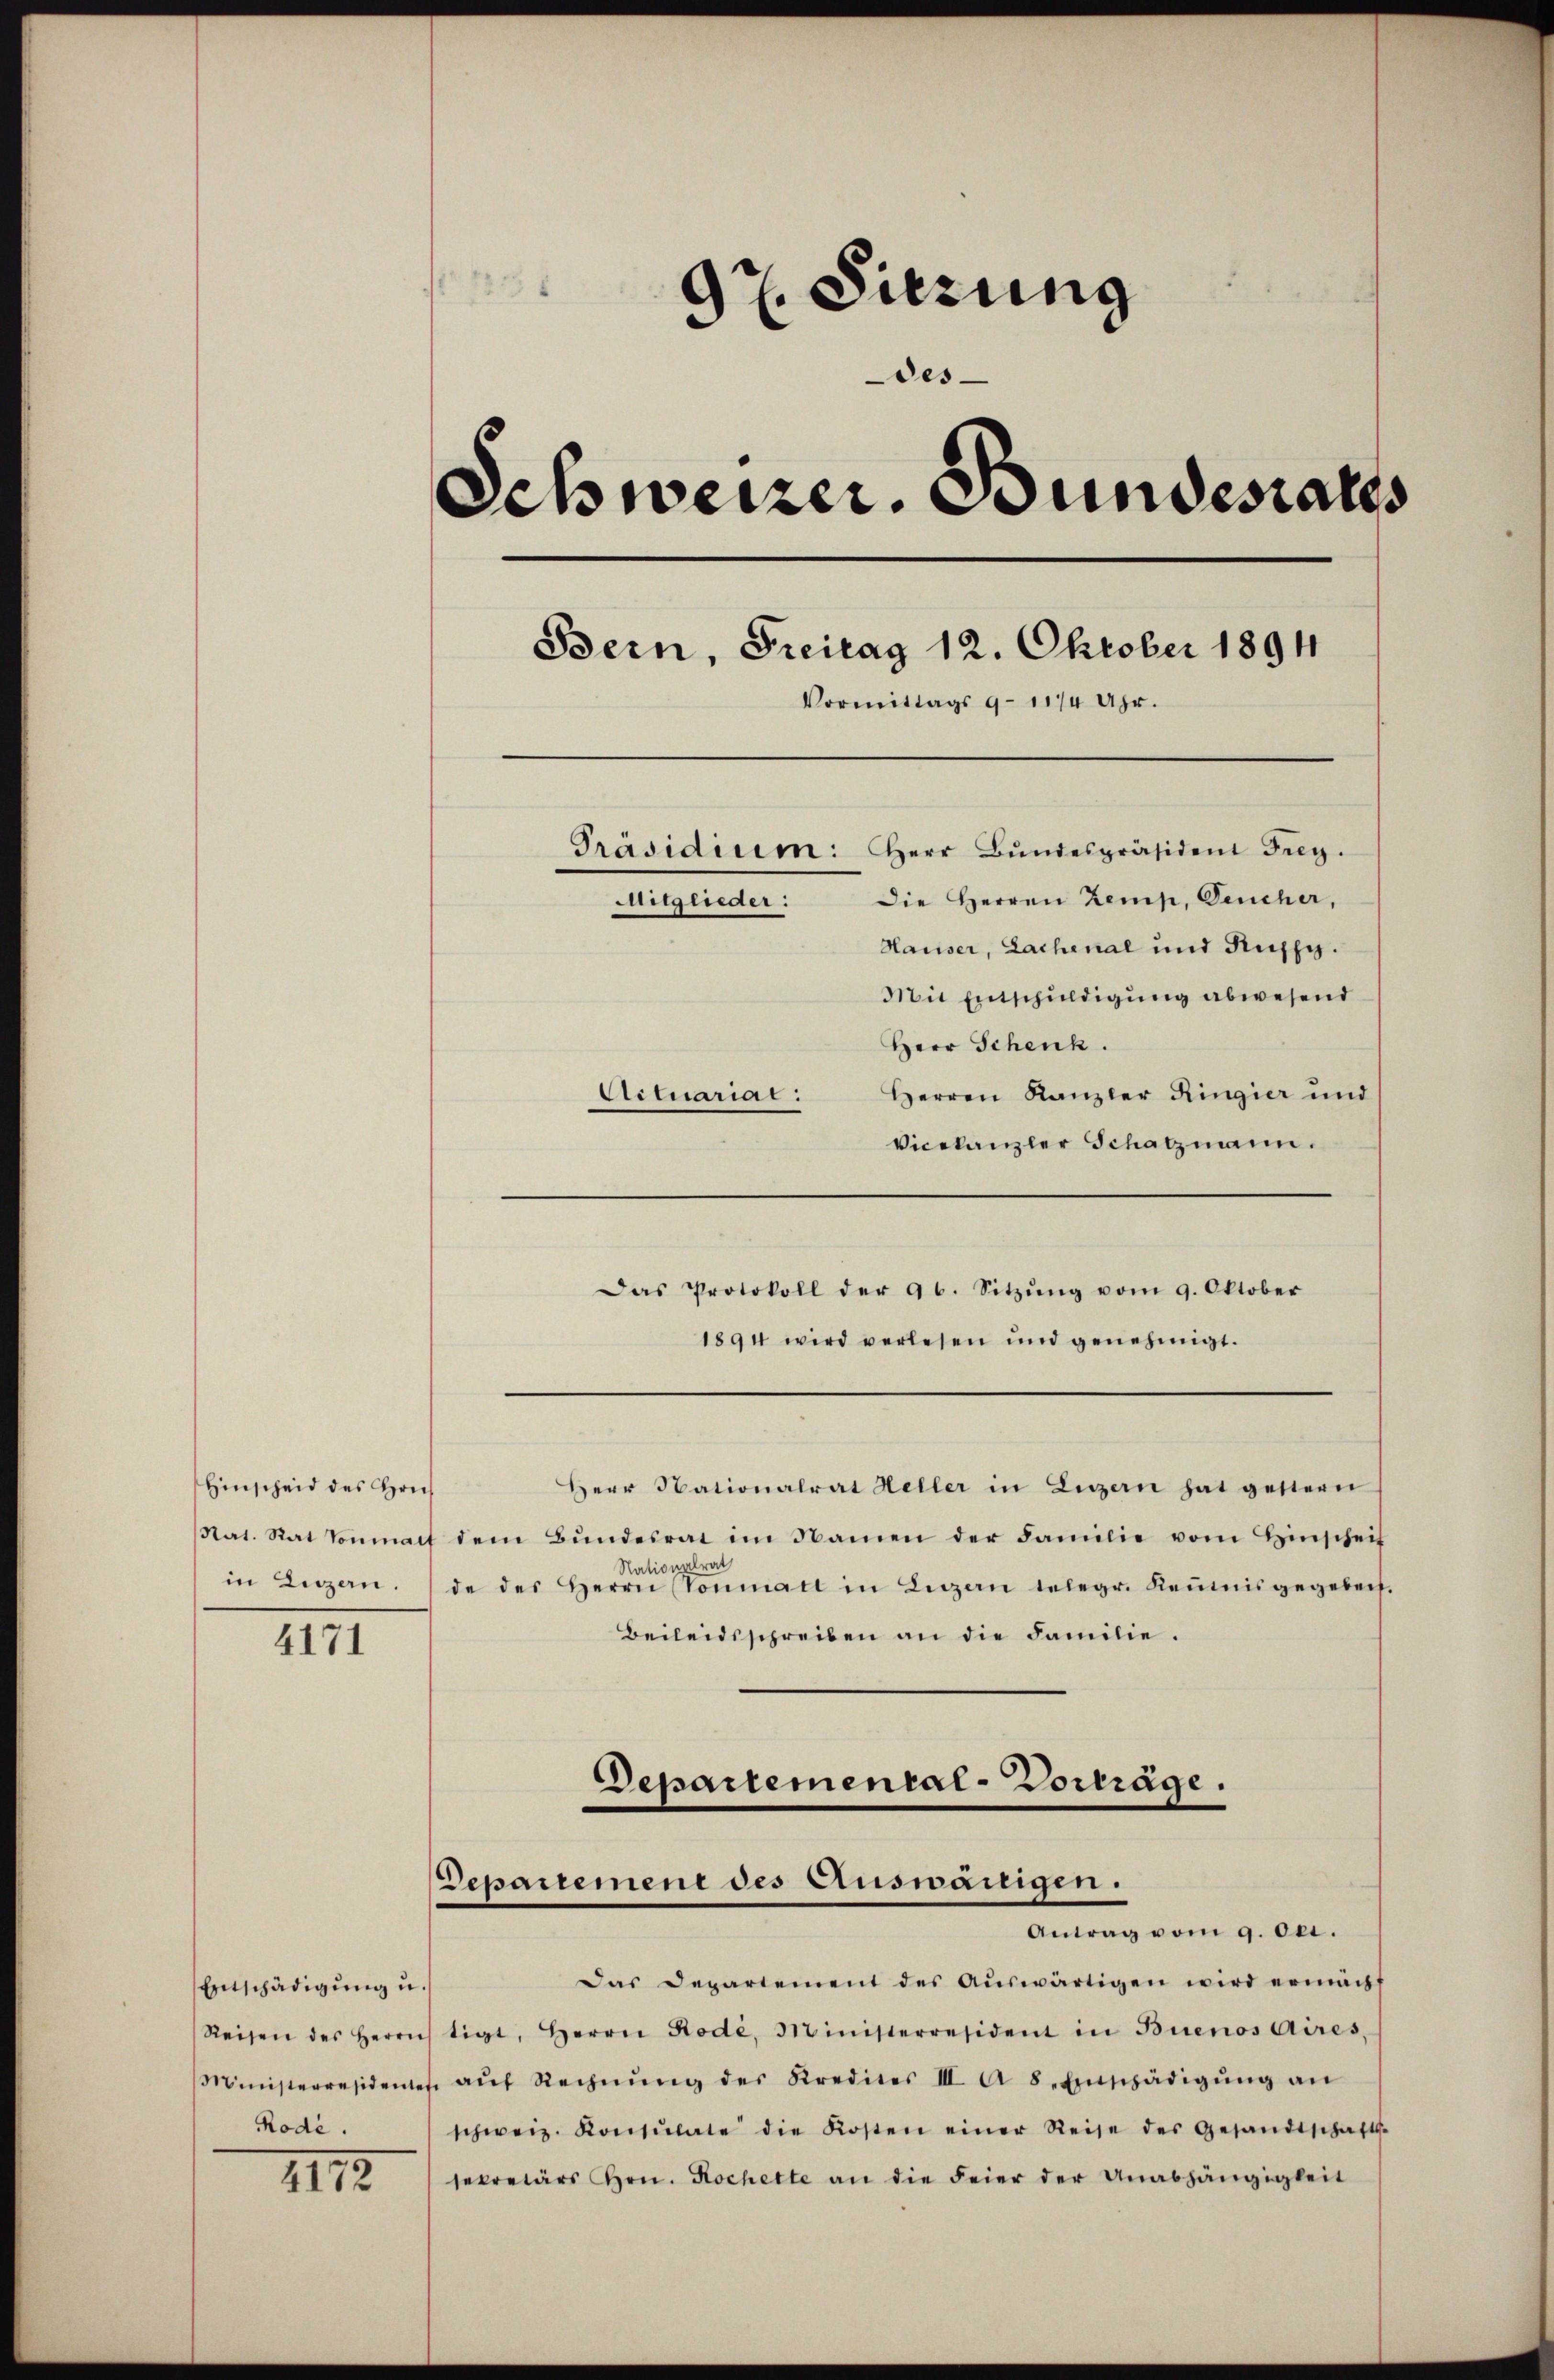
Hinscheid des rich
Rat. Rat Tonmal
in Luzen.

4171

Entschädigung u.
Rode.

IIII

97. Sitzung
des-
Schweizer. Bundesrates
Bern, Freitag 12. Oktober 1894
Vormittags 9 - 11/4 Uhr.
Präsidium: Herr Bŭndespräsident Frey.
Die Herren Zemp, Deucher,
mitglieder:
Hauser, Lachenal und Ruszy.
Mit Entschuldigung abwesend
Herr Schenk.

Herren Kanzler Ringier und
Actuarial:
Vicekanzler Schatzmann.
Das Protokoll der 96. Sitzŭng vom 9. Oktober
1894 wird verlesen und genehmigt.
Herr Nationalrat Heller in Luzern hat gestern
 dem Bŭndesrat im Namen der Familie vom Hinscheif
Nationalrat
de des Herrn Sonmatt in Luzern telegr. Keŭmisgegeben.
Beileidsschreiben an die Familie.

Departemental-Vorrage.
Departement des Auswanigen.
Antrag vom 9. Oct.

Das Departement des Aŭswärtigen wird ermächt
Reisen des Herrn tigt, Herrn Rode, Ministerresident in Buenos Aires,
Ministerresidentes aŭf Rechnŭng des Krediter III A 8. Einschädigŭng an
schweiz. Konsulate die Kosten einer Reise des Gesandtschafts-
sekretärs Hrn. Kochette an die Feier der Unabhängigkeit